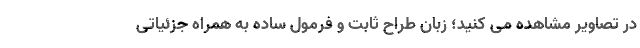
در تصاویر مشاهده می کنید؛ زبان طراح ثابت و فرمول ساده به همراه جزئیاتی